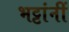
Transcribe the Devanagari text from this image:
भट्टांनीं